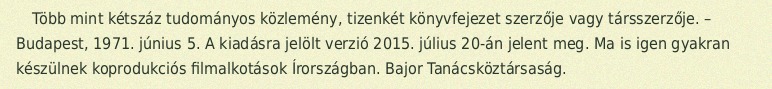
Több mint kétszáz tudományos közlemény, tizenkét könyvfejezet szerzője vagy társszerzője. – Budapest, 1971. június 5. A kiadásra jelölt verzió 2015. július 20-án jelent meg. Ma is igen gyakran készülnek koprodukciós filmalkotások Írországban. Bajor Tanácsköztársaság.